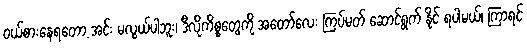
ဝယ်စားနေရတော့ အင်း မလွယ်ပါဘူး၊ ဒီလိုကိစ္စတွေကို အတော်လေး ကြပ်မတ် ဆောင်ရွက် နိုင် ရပါမယ်၊ ကြာရင်